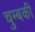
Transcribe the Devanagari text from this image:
चुम्बकी